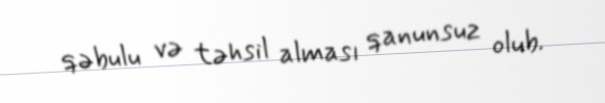
qəbulu və təhsil alması qanunsuz olub.